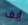
إيف